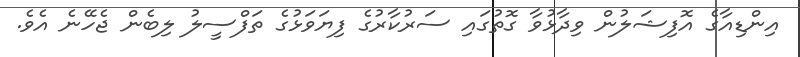
އިންޑިއާގެ އޮފިޝަލުން ވިދާޅުވާ ގޮތުގައި ސަރުކާރުގެ ފިޔަވަޅުގެ ތަފްސީލު ލިބެން ޖެހޭނެ އެވެ.